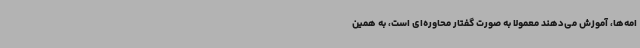
امه‌ها، آموزش‌ می‌دهند معمولا به صورت گفتار محاوره‌ای است، به همین